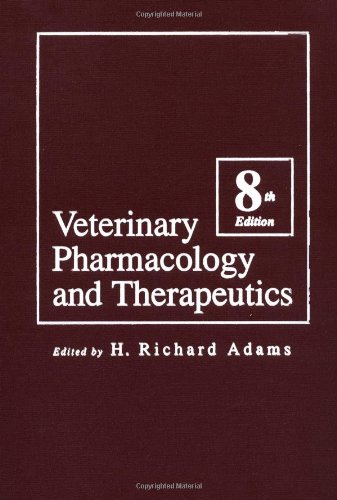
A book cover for Veterinary Pharmacology and Therapeutics; Medical Books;